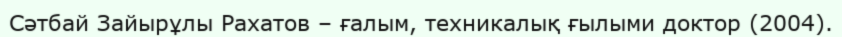
Сәтбай Зайырұлы Рахатов – ғалым, техникалық ғылыми доктор (2004).